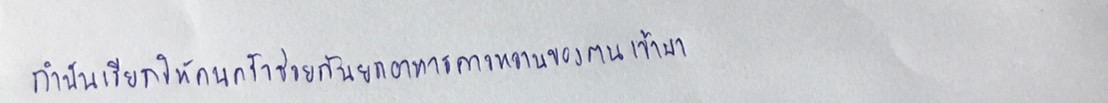
กำนันเรียกให้คนครัวช่วยกันยกอาหารคาวหวานของตนเข้ามา